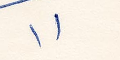
١١